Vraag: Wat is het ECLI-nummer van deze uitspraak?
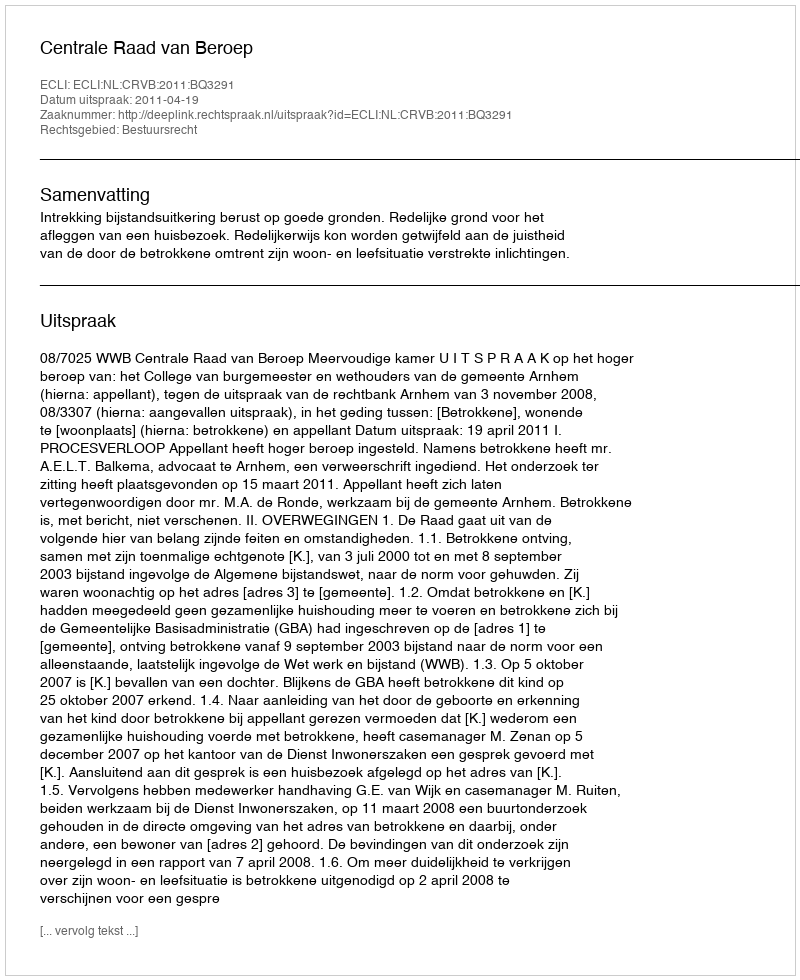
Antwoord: ECLI:NL:CRVB:2011:BQ3291